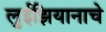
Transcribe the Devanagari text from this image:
लुईझियानाचे